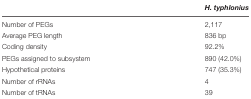
<table><thead><tr><td></td><td><b><i>H. typhlonius</i></b></td></tr></thead><tbody><tr><td>Number of PEGs</td><td>2,117</td></tr><tr><td>Average PEG length</td><td>836 bp</td></tr><tr><td>Coding density</td><td>92.2%</td></tr><tr><td>PEGs assigned to subsystem</td><td>890 (42.0%)</td></tr><tr><td>Hypothetical proteins</td><td>747 (35.3%)</td></tr><tr><td>Number of rRNAs</td><td>4</td></tr><tr><td>Number of tRNAs</td><td>39</td></tr></tbody></table>